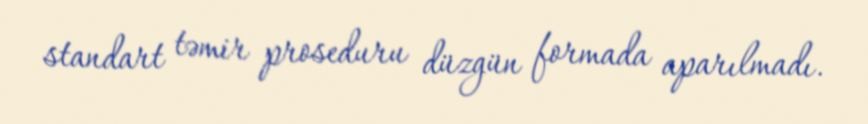
standart təmir proseduru düzgün formada aparılmadı.